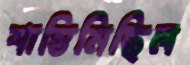
শান্তিমিছিল